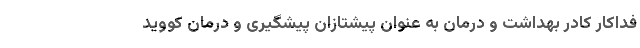
فداکار کادر بهداشت و درمان به عنوان پیشتازان پیشگیری و درمان کووید